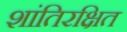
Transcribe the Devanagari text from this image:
शांतिरक्षित